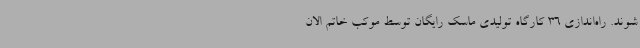
شوند. راه‌اندازی 36 کارگاه تولیدی ماسک رایگان توسط موکب خاتم الان